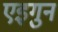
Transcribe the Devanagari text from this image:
एइगुन